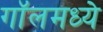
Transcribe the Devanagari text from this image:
गॉलमध्ये